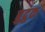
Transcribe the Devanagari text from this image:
ब्रुद्रुक